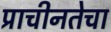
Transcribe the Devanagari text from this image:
प्राचीनतेचा